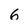
Character: 6